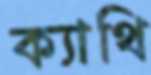
ক্যাথি